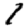
Digit: 1